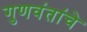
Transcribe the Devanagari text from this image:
गुणवंतांचे